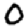
Digit: 0